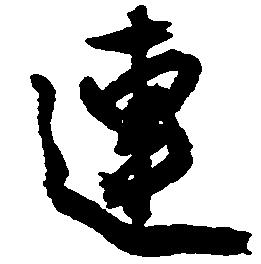
連